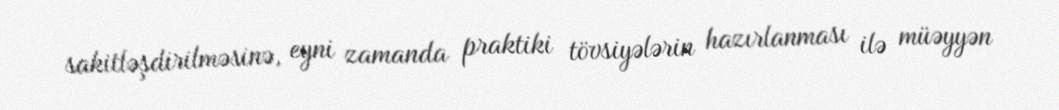
sakitləşdirilməsinə, eyni zamanda praktiki tövsiyələrin hazırlanması ilə müəyyən